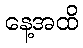
နေ့အထိ